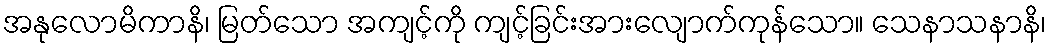
အနုလောမိကာနိ၊ မြတ်သော အကျင့်ကို ကျင့်ခြင်းအားလျောက်ကုန်သော။ သေနာသနာနိ၊